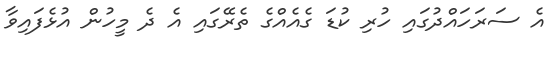
އެ ސަރަހަައްދުގައި ހުރި ކުޑަ ގެއެއްގެ ތެރޭގައި އެ ދެ މީހުން އުޅެފައިވާ